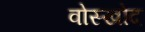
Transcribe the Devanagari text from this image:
वोस्खोद